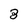
Character: 3